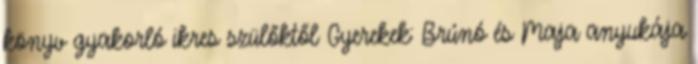
könyv gyakorló ikres szülőktől Gyerekek: Brúnó és Maja anyukája